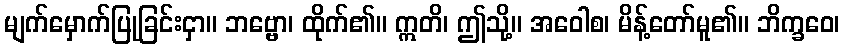
မျက်မှောက်ပြုခြင်းငှာ။ ဘဗ္ဗော၊ ထိုက်၏။ ဣတိ၊ ဤသို့။ အဝေါစ၊ မိန့်တော်မူ၏။ ဘိက္ခဝေ၊